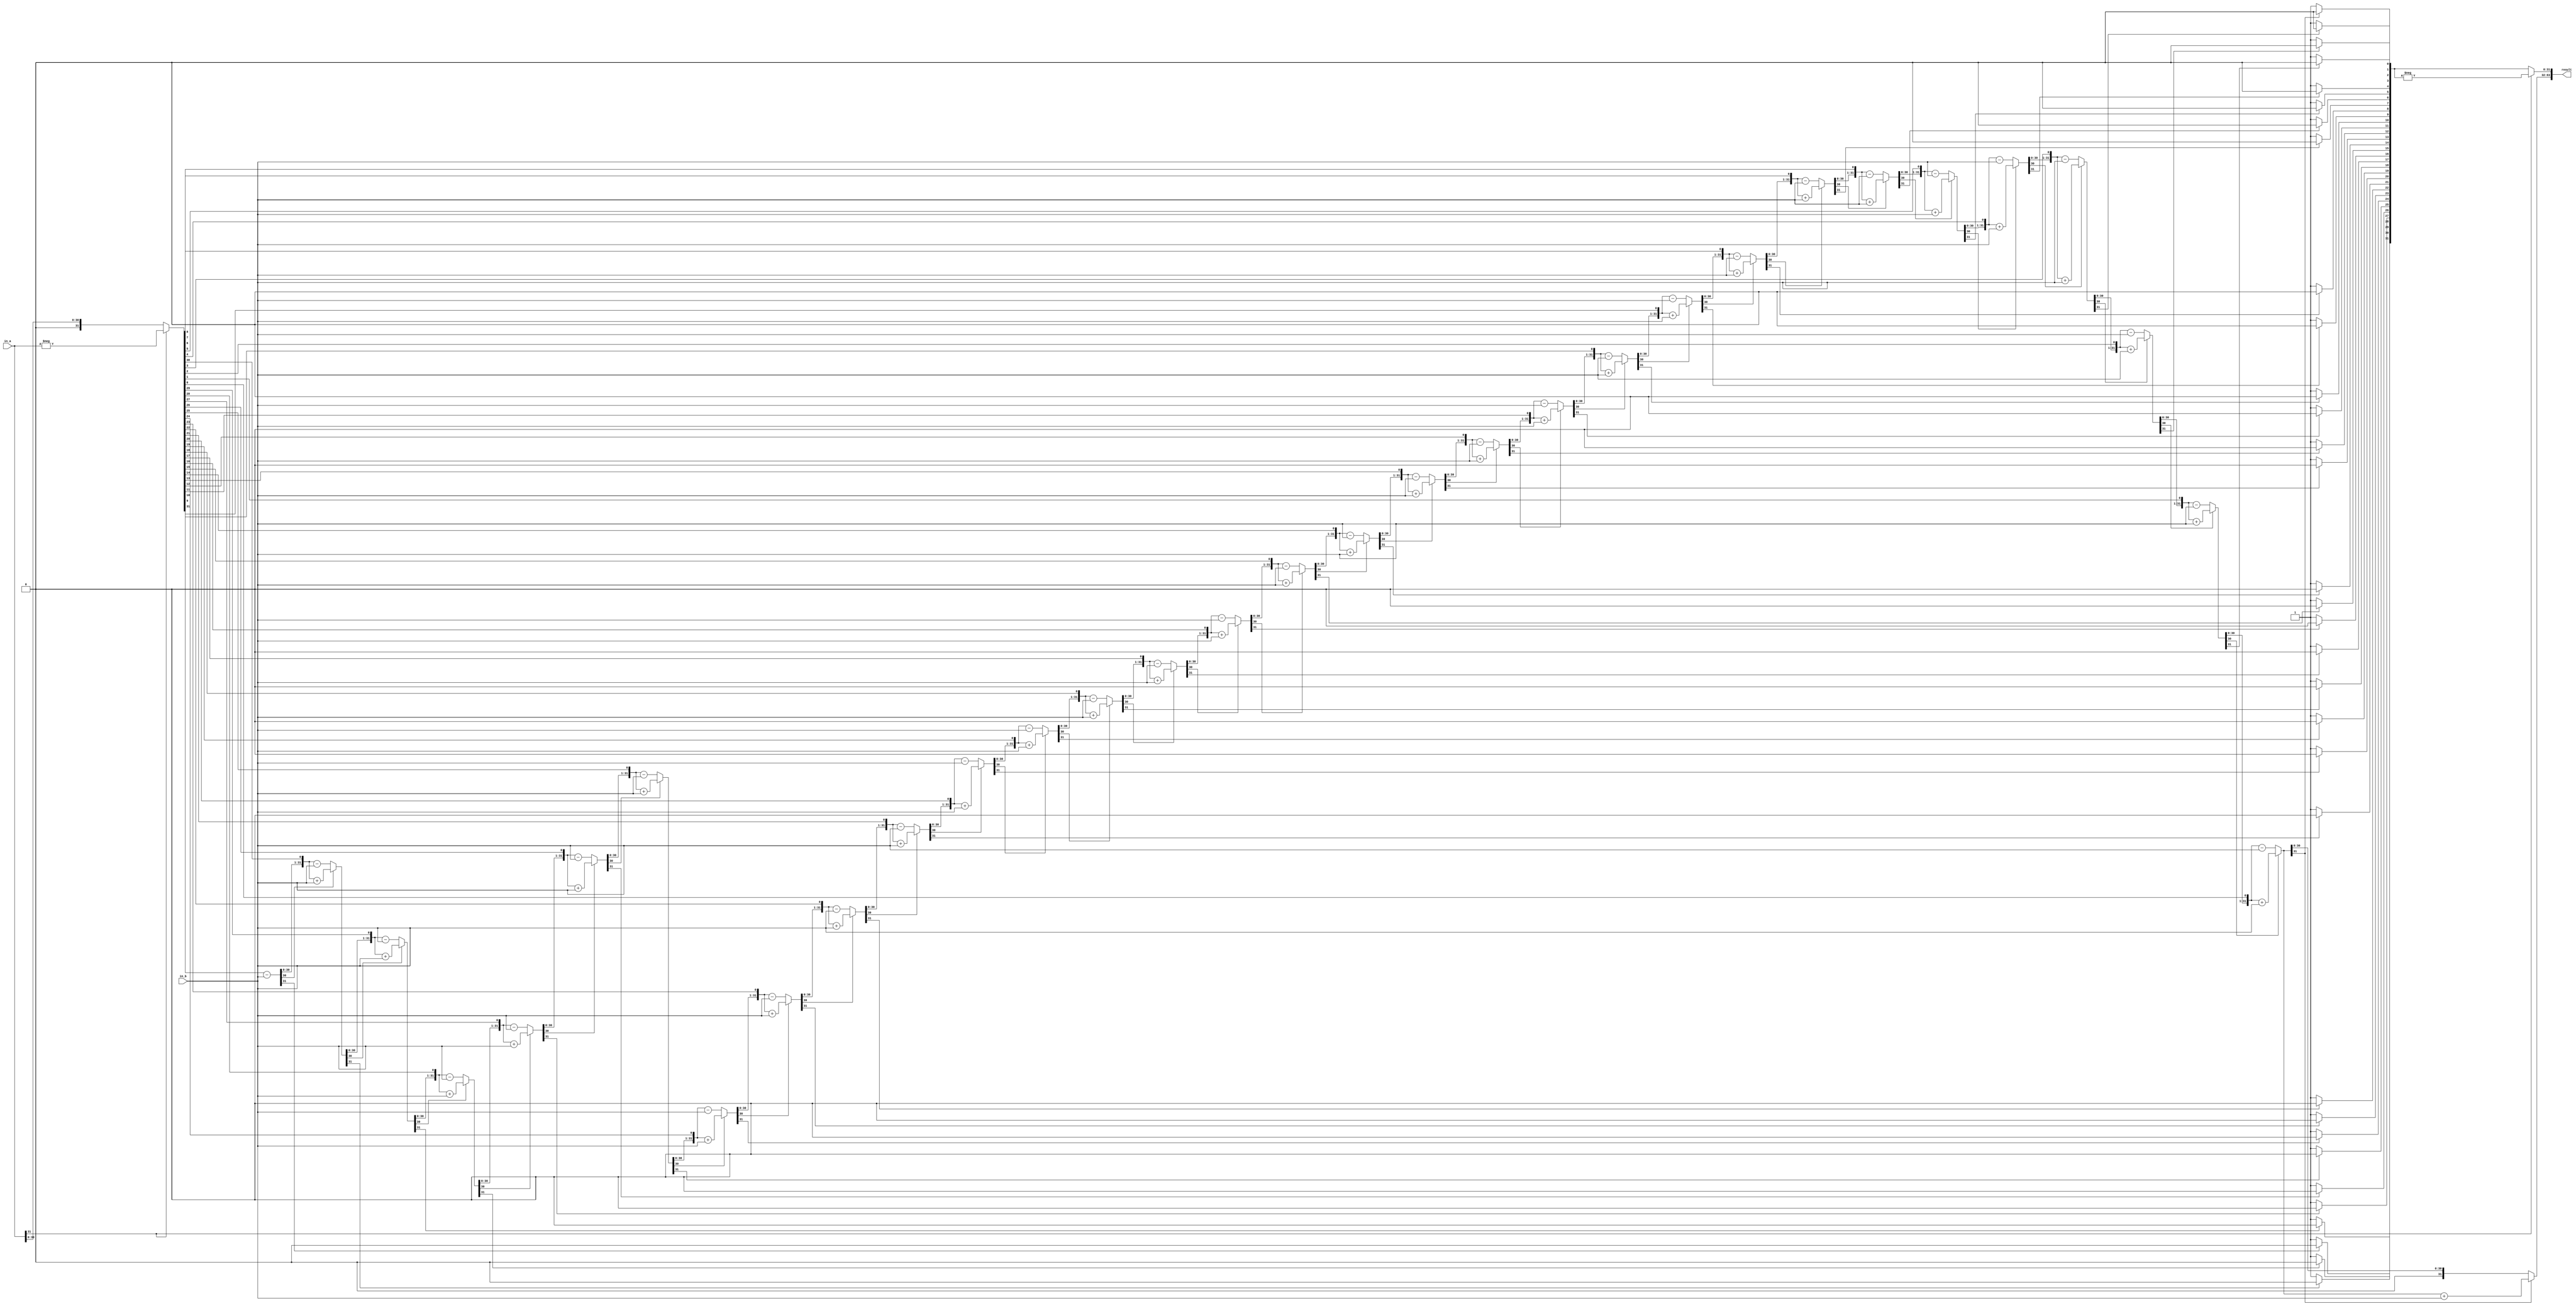
module arithmetic_div(input [31:0] in_a, in_b, output reg[63:0] result);
	reg [31:0] M, Q;
   reg [32:0] A;
   integer i;
	reg [32:0] abs_a;

   always @(*)
   begin
		begin
			if (in_a[31] == 1)
				abs_a = -in_a;
			else
				abs_a = in_a;
			Q = abs_a;
			M = in_b;
			A = 0;
			for(i = 0; i < 32; i = i+1)
			begin
				A = {A[30:0], Q[31]};
            Q[31:1] = Q[30:0];
            if(A[31] == 0)
					A = A - M;
				else
					A = A + M;
            if(A[31] == 0)
					Q[0] = 1;
				else
					Q[0] = 0;
			end
      if(A[31] == 1)
			A = A + M;
		if(in_a[31] == 1)
			Q = -Q;
      result[31:0] = Q[31:0];
		result[63:32] = A[31:0];
		end
	end

endmodule